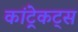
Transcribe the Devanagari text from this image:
कांट्रेकट्स